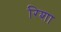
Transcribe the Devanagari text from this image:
रिशा